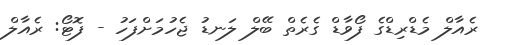
ރެއާލް މެޑްރިޑްގެ ފޯވާޑް ގެރެތް ބޭލް ލަނޑު ޖެހުމަށްފަހު - ފޮޓޯ: ރެއާލް